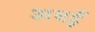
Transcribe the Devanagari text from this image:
अबहूँ